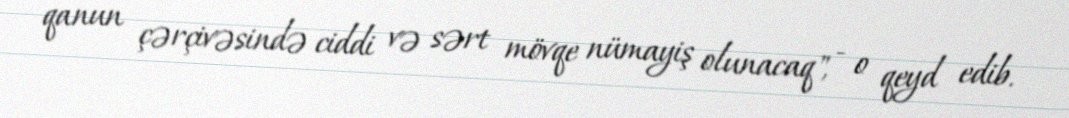
qanun çərçivəsində ciddi və sərt mövqe nümayiş olunacaq", - o qeyd edib.